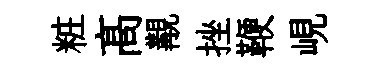
粧髙覯挫鞭峴